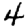
Digit: 4